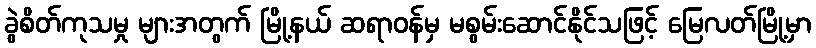
ခွဲစိတ်ကုသမှု များအတွက် မြို့နယ် ဆရာဝန်မှ မစွမ်းဆောင်နိုင်သဖြင့် မြေလတ်မြို့မှာ